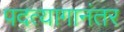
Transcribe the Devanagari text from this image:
पदत्यागानंतर